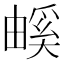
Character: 𤳃